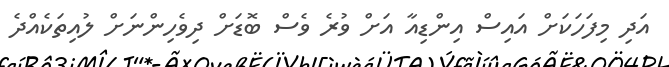
އަދި މިފަހަކަށް އައިސް އިންޑިއާ އަށް ވުރެ ވެސް ބޮޑަށް ދިވެހިންނަށް ލުއިތަކެއްދެ